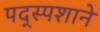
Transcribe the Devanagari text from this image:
पद्स्पशाने